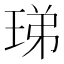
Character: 珶